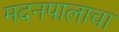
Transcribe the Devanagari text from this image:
मदनपालाचा